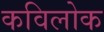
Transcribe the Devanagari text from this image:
कविलोक